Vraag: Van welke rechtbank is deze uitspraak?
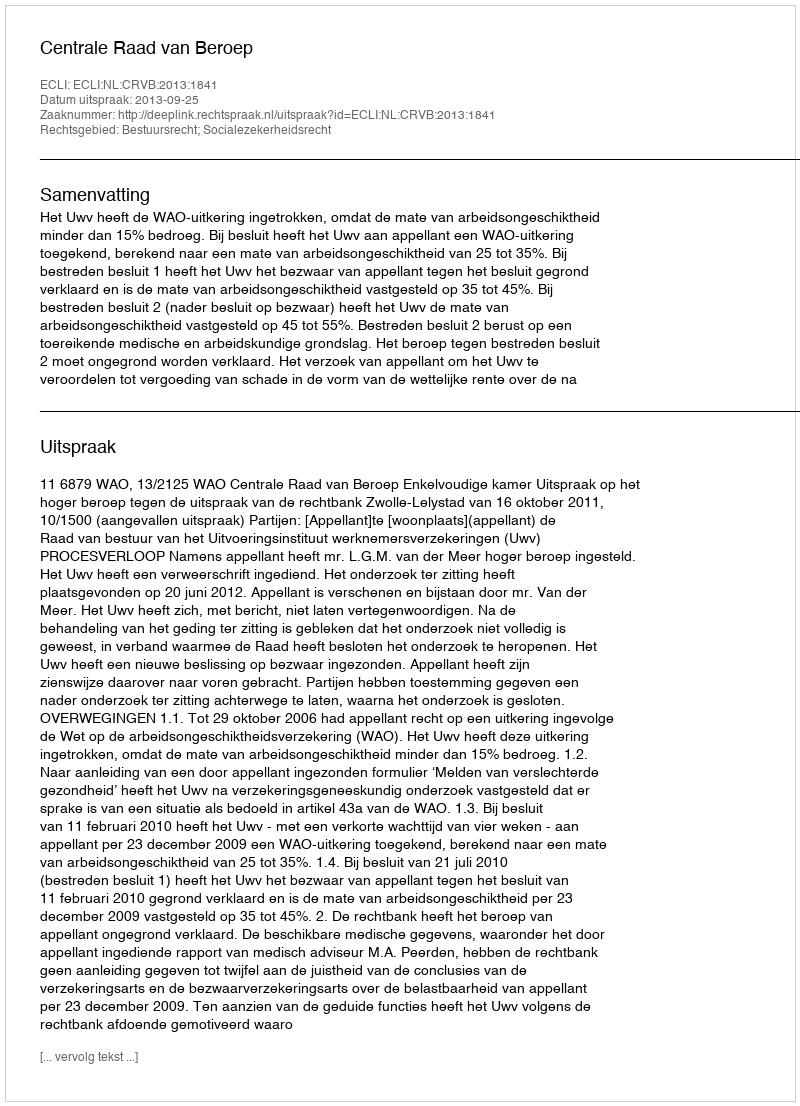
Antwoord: Centrale Raad van Beroep